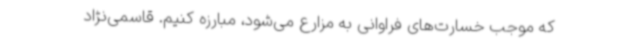
که موجب خسارت‌های فراوانی به مزارع می‌شود، مبارزه کنیم. قاسمی‌نژاد